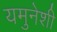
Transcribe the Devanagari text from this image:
यमुनेशी